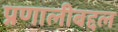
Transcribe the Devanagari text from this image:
प्रणालीबद्दल